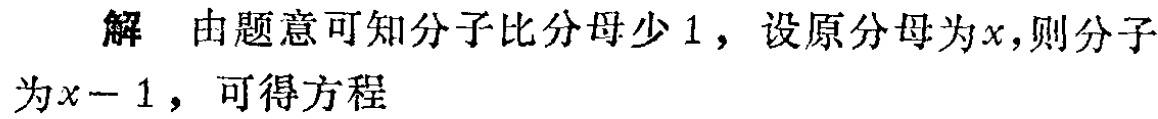
解 由题意可知分子比分母少 1，设原分母为\(x\)，则分子为\(x - 1\)，可得方程